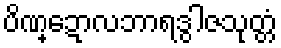
ပိဏ္ဍောလဘာရဒွါဇသုတ္တံ